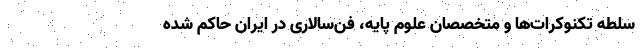
سلطه تکنوکرات‌ها و متخصصان علوم پایه، فن‌سالاری در ایران حاکم شده